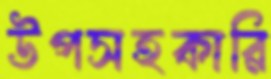
উপসহকারি